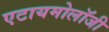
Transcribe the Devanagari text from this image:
एटायमोलॉजी